Proceedings of the meeting of veterinary officers in India
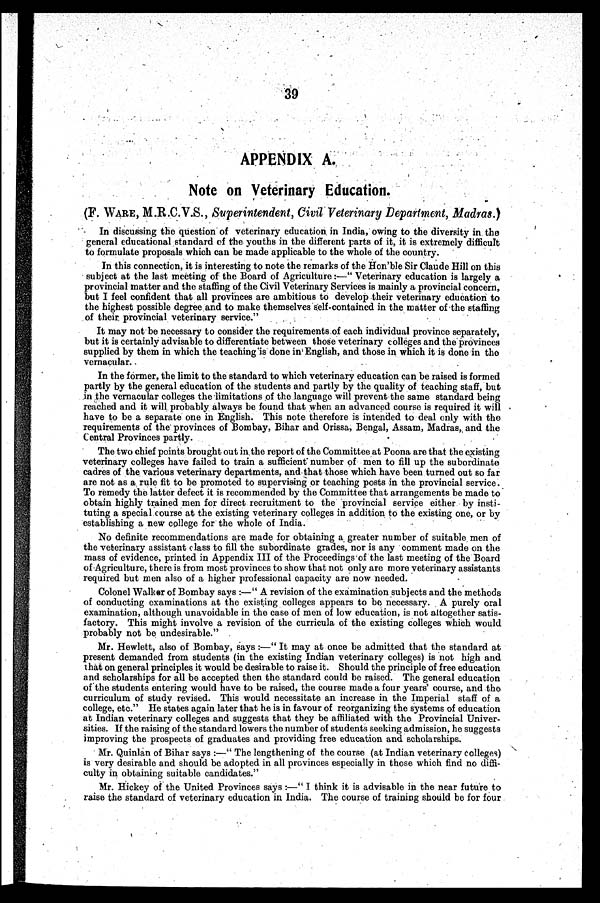
39
APPENDIX A.
Note on Veterinary Education.
(F. WARE, M.R.C.V.S., Superintendent, Civil Veterinary Department, Madras.)
In discussing the question of veterinary education in India, owing to the diversity in the
general educational standard of the youths in the different parts of it, it is extremely difficult
to formulate proposals which can be made applicable to the whole of the country.
In this connection, it is interesting to note the remarks of the Hon'ble Sir Claude Hill on this
subject at the last meeting of the Board of Agriculture:—"Veterinary education is largely a
provincial matter and the staffing of the Civil Veterinary Services is mainly a provincial concern,
but I feel confident that all provinces are ambitious to develop their veterinary education to
the highest possible degree and to make themselves self-contained in the matter of the staffing
of their provincial veterinary service."
It may not be necessary to consider the requirements of each individual province separately,
but it is certainly advisable to differentiate between those veterinary colleges and the provinces
supplied by them in which the teaching is done in English, and those in which it is done in the
vernacular.
In the former, the limit to the standard to which veterinary education can be raised is formed
partly by the general education of the students and partly by the quality of teaching staff, but
in the vernacular colleges the limitations of the language will prevent the same standard being
reached and it will probably always be found that when an advanced course is required it will
have to be a separate one in English. This note therefore is intended to deal only with the
requirements of the provinces of Bombay, Bihar and Orissa, Bengal, Assam, Madras, and the
Central Provinces partly.
The two chief points brought out in the report of the Committee at Poona are that the existing
veterinary colleges have failed to train a sufficient number of men to fill up the subordinate
cadres of the various veterinary departments, and that those which have been turned out so far
are not as a rule fit to be promoted to supervising or teaching posts in the provincial service.
To remedy the latter defect it is recommended by the Committee that arrangements be made to
obtain highly trained men for direct recruitment to the provincial service either by insti-
tuting a special course at the existing veterinary colleges in addition to the existing one, or by
establishing a new college for the whole of India.
No definite recommendations are made for obtaining a greater number of suitable men of
the veterinary assistant c lass to fill the subordinate grades, nor is any comment made on the
mass of evidence, printed in Appendix III of the Proceedings of the last meeting of the Board
of Agriculture, there is from most provinces to show that not only are more veterinary assistants
required but men also of a higher professional capacity are now needed.
Colonel Walker of Bombay says:—"A revision of the examination subjects and the methods
of conducting examinations at the existing colleges appears to be necessary. A purely oral
examination, although unavoidable in the case of men of low education, is not altogether satis-
factory. This might involve a revision of the curricula of the existing colleges which would
probably not be undesirable."
Mr. Hewlett, also of Bombay, says:—"It may at once be admitted that the standard at
present demanded from students (in the existing Indian veterinary colleges) is not high and
that on general principles it would be desirable to raise it. Should the principle of free education
and scholarships for all be accepted then the standard could be raised. The general education
of the students entering would have to be raised, the course made a four years' course, and the
curriculum of study revised. This would necessitate an increase in the Imperial staff of a
college, etc."He states again later that he is in favour of reorganizing the systems of education
at Indian veterinary colleges and suggests that they be affiliated with the Provincial Univer-
sities. If the raising of the standard lowers the number of students seeking admission, he suggests
improving the prospects of graduates and providing free education and scholarships.
Mr. Quinlan of Bihar says:—"The lengthening of the course (at Indian veterinary colleges)
is very desirable and should be adopted in all provinces especially in those which find no diffi-
culty in obtaining suitable candidates."
Mr. Hickey of the United Provinces says:—"I think it is advisable in the near future to
raise the standard of veterinary education in India. The course of training should be for four